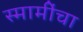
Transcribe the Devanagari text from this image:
स्मामींचा